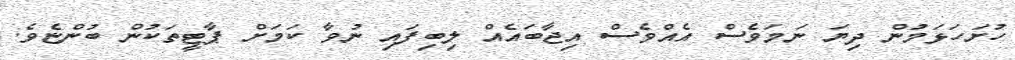
ހުށަހަޅަމުން ދިޔަ ނަމަވެސް އެއްވެސް އިޖާބައެއް ލިބިފައި ނުވާ ކަމަށް ޕާޓީތަކުން ބުންޏެވެ.